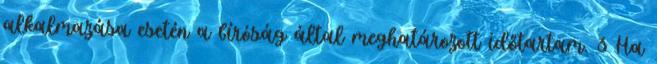
alkalmazása esetén a bíróság által meghatározott időtartam. 3 Ha